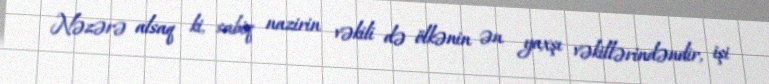
Nəzərə alsaq ki, sabiq nazirin vəkili də ölkənin ən yaxşı vəkillərindəndir, işi